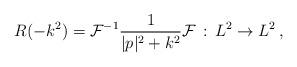
LaTeX: \begin{align*} R(-k^2) = \mathcal{F}^{-1}\frac{1}{|p|^2+k^2}\mathcal{F}\,:\,L^2 \to L^2\,,\end{align*}